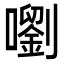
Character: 嚠